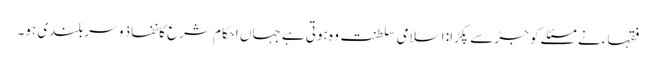
فقہاء نے مسئلے کو جڑ سے پکڑا: اسلامی سلطنت وہ ہوتی ہے جہاں احکام شرع کا نفاذ و سربلندی ہو۔